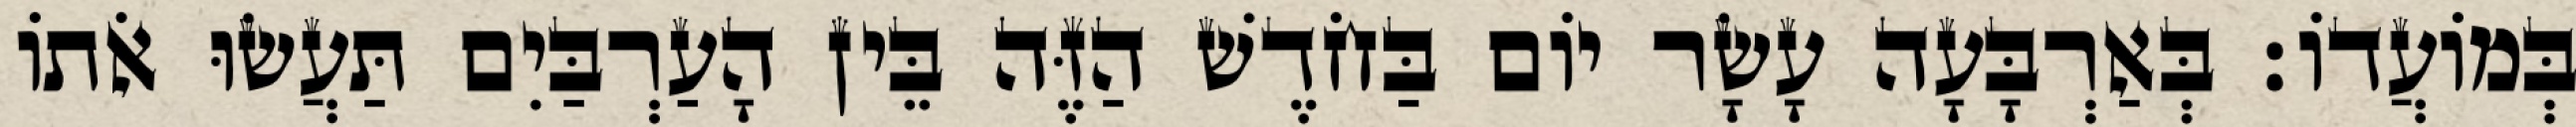
בְּמוֹעֲדוֹ׃ בְּאַרְבָּעָה עָשָׂר יוֹם בַּחֹדֶשׁ הַזֶּה בֵּין הָעַרְבַּיִם תַּעֲשׂוּ אֹתוֹ